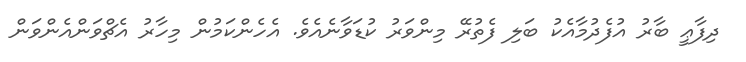
ދިފާޢީ ބާރު އުފެދުމާއެކު ބަލި ފެތުރޭ މިންވަރު ކުޑަވާނެއެވެ. އެހެންކަމުން މިހާރު އެޗްވަންއެންވަން